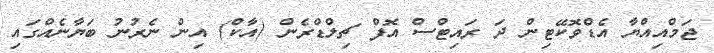
ޖަމްއިއްޔާ އެޑްވޮކޭޓިން ދަ ރައިޓްސް އޮފް ޗިލްޑްރެން (އާކް) އިން ނެރުނު ބަޔާނެއްގައި